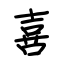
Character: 喜